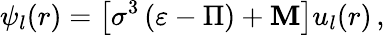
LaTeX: \psi_{l}(r)=\left[\sigma^{3}\left(\varepsilon-\Pi\right)+\mathbf{M}\right]u_{l}(r)\, ,